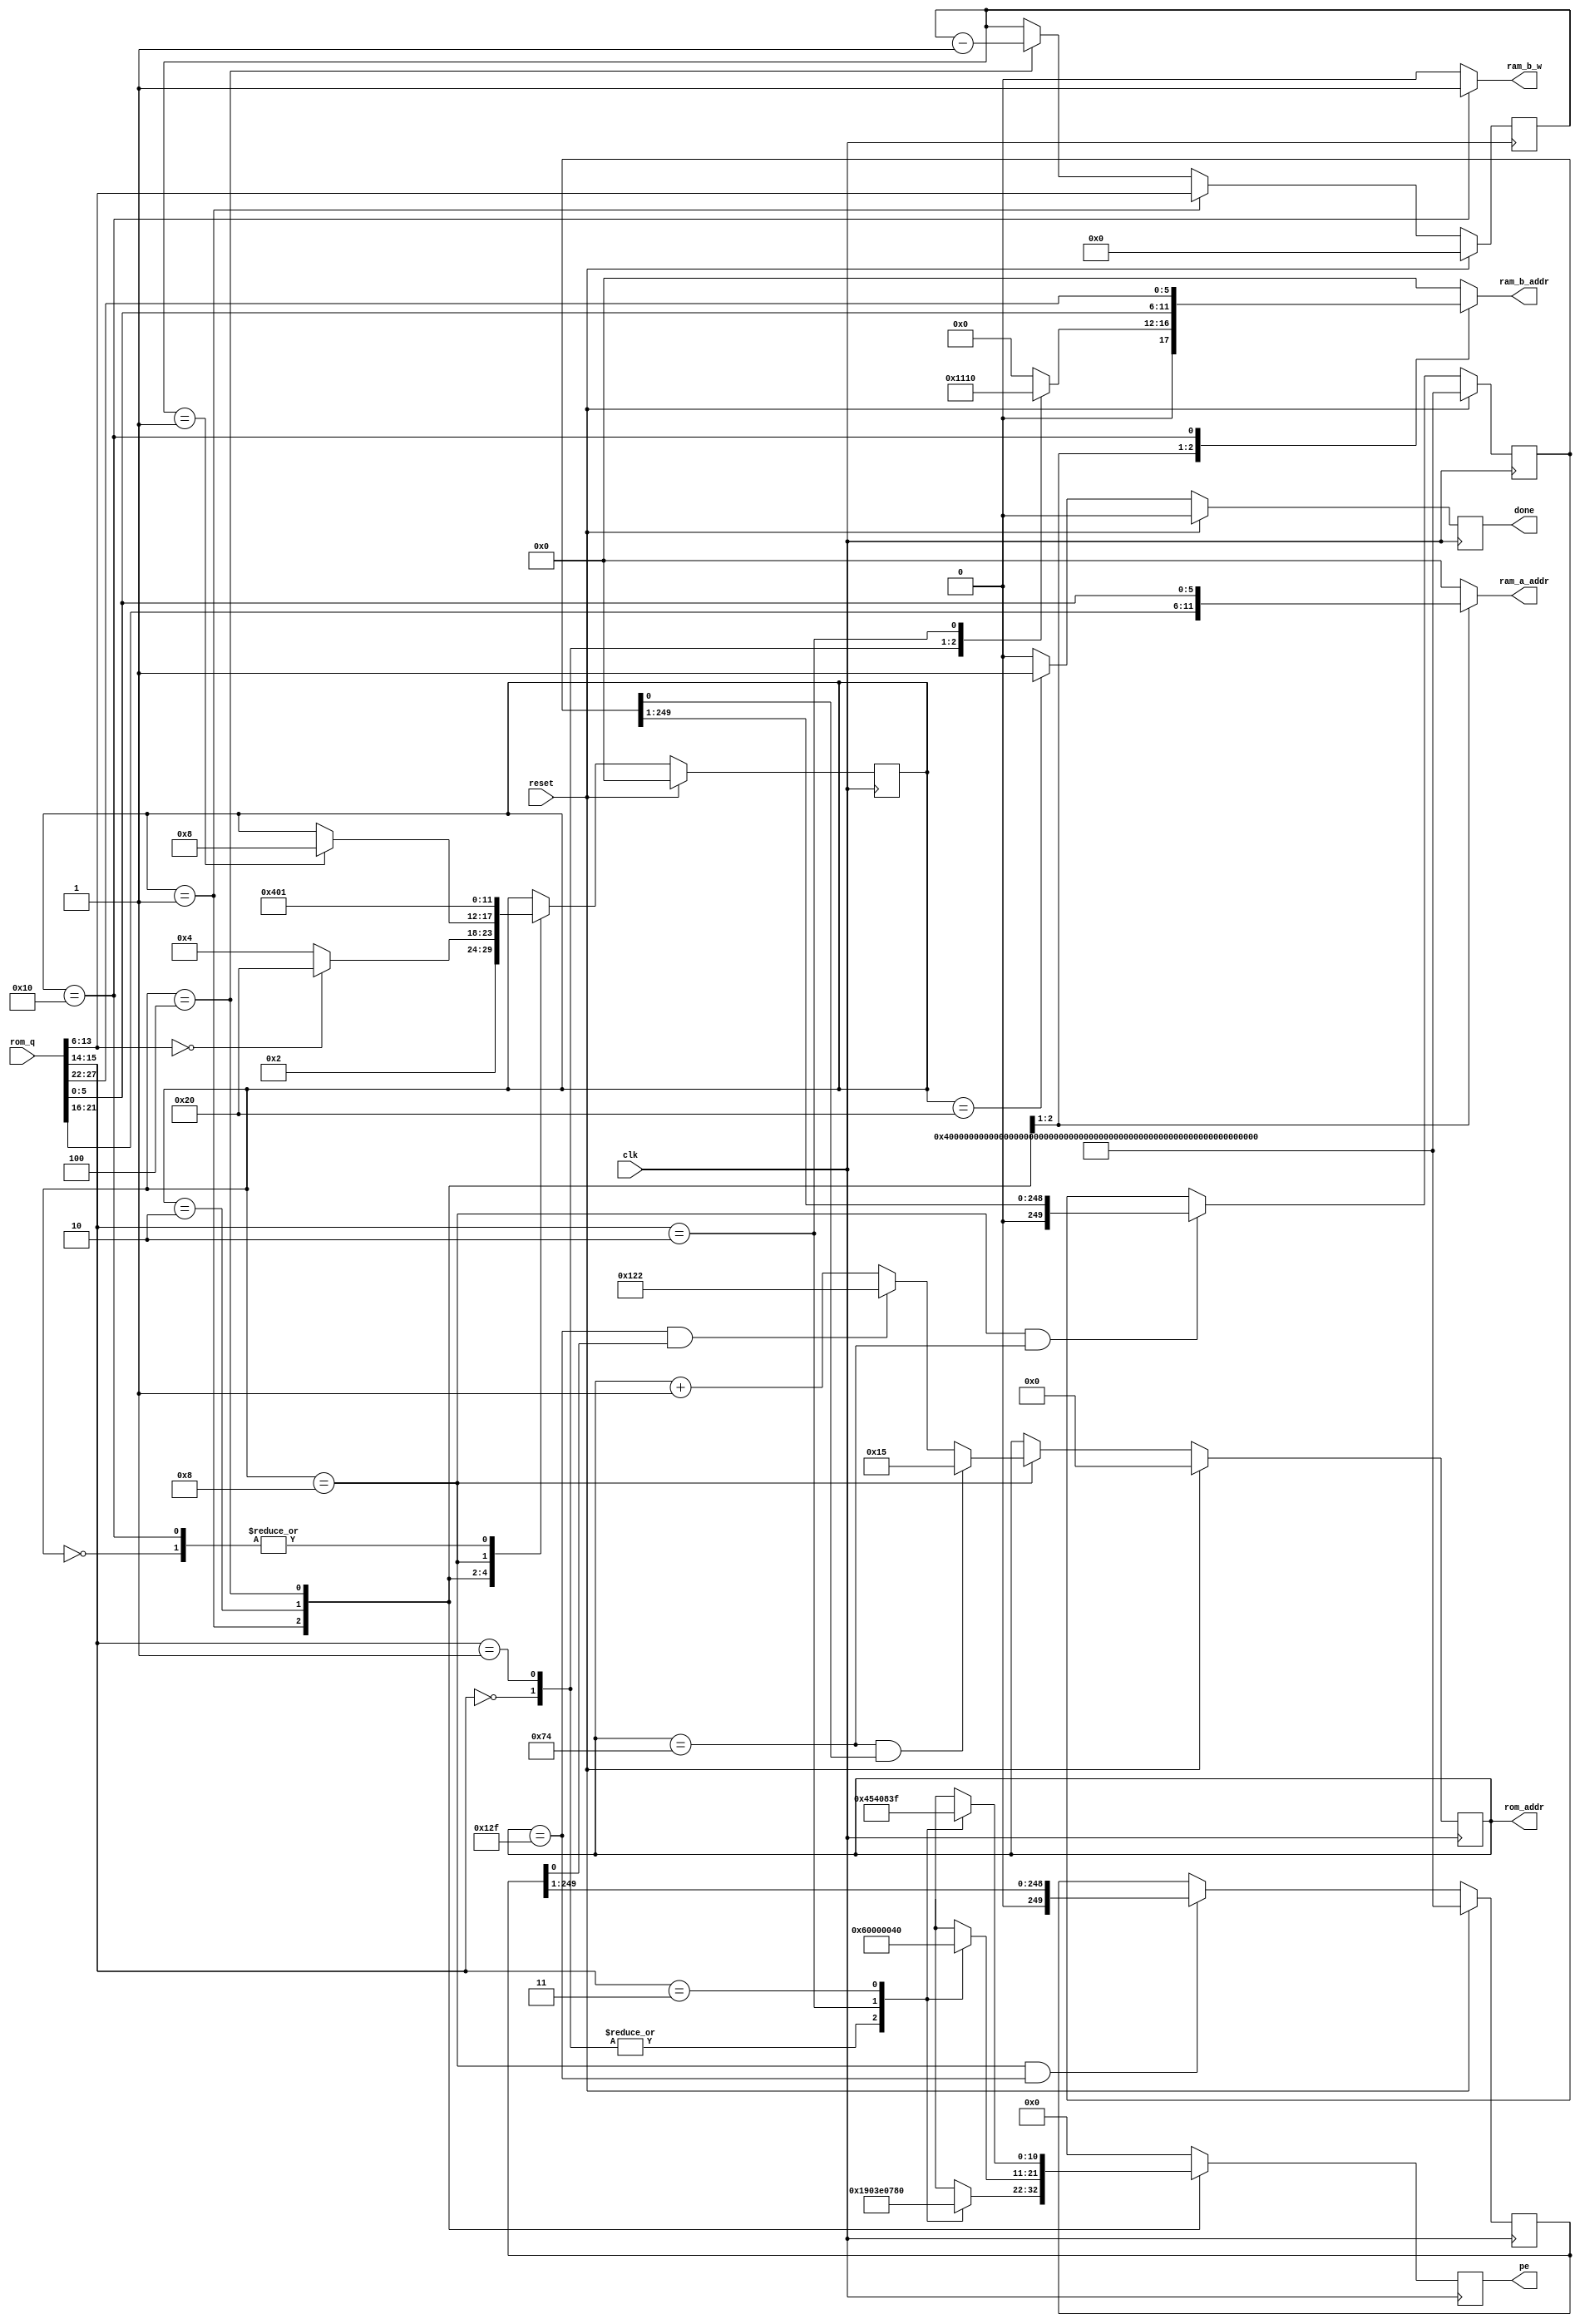
module FSM(clk, reset, rom_addr, rom_q, ram_a_addr, ram_b_addr, ram_b_w, pe, done);
    input clk;
    input reset;
    output reg [8:0] rom_addr; /* command id. extra bits? */
    input [27:0] rom_q; /* command value */
    output reg [5:0] ram_a_addr;
    output reg [5:0] ram_b_addr;
    output ram_b_w;
    output reg [10:0] pe;
    output reg done;
    
    reg [5:0] state;
    parameter START=0, READ_SRC1=1, READ_SRC2=2, CALC=4, WAIT=8, WRITE=16, DON=32;
	
    wire [5:0] dest, src1, src2; wire [7:0] times; wire [1:0] op;
    assign {dest, src1, op, times, src2} = rom_q;

    reg [7:0] count;
	
    always @ (posedge clk)
       if (reset) 
          state<=START; 
       else 
          case (state)
             START:
                state<=READ_SRC1;
             READ_SRC1:
                state<=READ_SRC2;
             READ_SRC2:
                if (times==0) state<=DON; else state<=CALC;
             CALC:
                if (count==1) state<=WAIT;
             WAIT:
                state<=WRITE;
             WRITE:
                state<=READ_SRC1;
          endcase

    /* we support two loops */
    parameter  LOOP1_START = 9'd21,
               LOOP1_END   = 9'd116,
               LOOP2_START = 9'd290,
               LOOP2_END   = 9'd303;
    reg [249:0] loop1, loop2;
	
	always @ (posedge clk)
	   if (reset) rom_addr<=0;
	   else if (state==WAIT)
          begin
             if(rom_addr == LOOP1_END && loop1[0])
                rom_addr <= LOOP1_START;
             else if(rom_addr == LOOP2_END && loop2[0])
                rom_addr <= LOOP2_START;
             else
                rom_addr <= rom_addr + 1'd1; 
	      end
	
	always @ (posedge clk)
	   if (reset) loop1 <= ~0;
	   else if(state==WAIT && rom_addr==LOOP1_END)
          loop1 <= loop1 >> 1;
	
	always @ (posedge clk)
	   if (reset) loop2 <= ~0;
	   else if(state==WAIT && rom_addr==LOOP2_END)
          loop2 <= loop2 >> 1;

	always @ (posedge clk)
	   if (reset)
          count <= 0;
	   else if (state==READ_SRC1)
          count <= times;
	   else if (state==CALC)
          count <= count - 1'd1;
	
	always @ (posedge clk)
	   if (reset) done<=0;
	   else if (state==DON) done<=1;
	   else done<=0;
	 
    always @ (state, src1, src2)
       case (state)
       READ_SRC1: ram_a_addr=src1;
       READ_SRC2: ram_a_addr=src2;
       default: ram_a_addr=0;
       endcase
    
    parameter CMD_ADD=6'd4, CMD_SUB=6'd8, CMD_CUBIC=6'd16,
              ADD=2'd0, SUB=2'd1, CUBIC=2'd2, MULT=2'd3;

    always @ (posedge clk)
       case (state)
       READ_SRC1:
          case (op)
          ADD:   pe<=11'b11001000000;
          SUB:   pe<=11'b11001000000;
          CUBIC: pe<=11'b11111000000;
          MULT:  pe<=11'b11110000000;
          default: pe<=0;
          endcase
       READ_SRC2:
          case (op)
          ADD:   pe<=11'b00110000000;
          SUB:   pe<=11'b00110000000;
          CUBIC: pe<=0;
          MULT:  pe<=11'b00001000000;
          default: pe<=0;
          endcase
       CALC:
          case (op)
          ADD:   pe<=11'b00000010001;
          SUB:   pe<=11'b00000010001;
          CUBIC: pe<=11'b01010000001;
          MULT:  pe<=11'b00000111111;
          default: pe<=0;
          endcase
       default: 
          pe<=0;
       endcase

    always @ (state, op, src2, dest)
       case (state)
       READ_SRC1: 
          case (op)
          ADD: ram_b_addr=CMD_ADD;
          SUB: ram_b_addr=CMD_SUB;
          CUBIC: ram_b_addr=CMD_CUBIC;
          default: ram_b_addr=0;
          endcase
       READ_SRC2: ram_b_addr=src2;
       WRITE: ram_b_addr=dest;
       default: ram_b_addr=0;
       endcase

    assign ram_b_w = (state==WRITE) ? 1'b1 : 1'b0;
endmodule